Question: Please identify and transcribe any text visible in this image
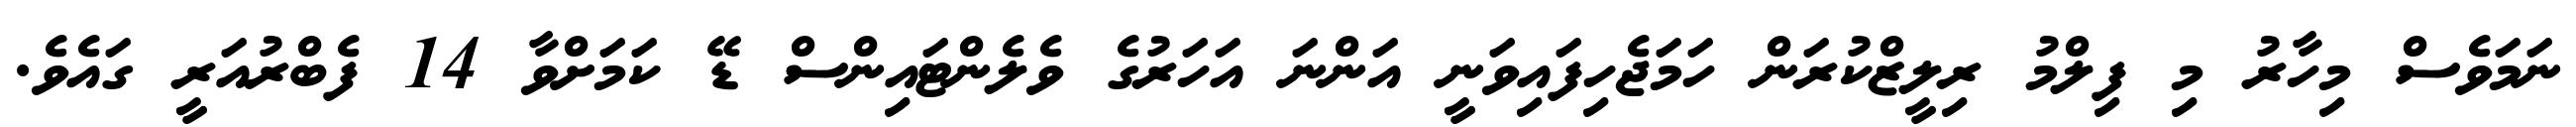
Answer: ނަމަވެސް މިހާރު މި ފިލްމު ރިލީޒްކުރަން ހަމަޖެހިފައިވަނީ އަންނަ އަހަރުގެ ވެލެންޓައިންސް ޑޭ ކަމަށްވާ 14 ފެބްރުއަރީ ގައެވެ.